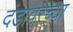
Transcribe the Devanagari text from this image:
दंडावरच्या